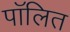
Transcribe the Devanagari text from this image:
पॉलित